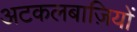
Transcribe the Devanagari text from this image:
अटकलबाज़ियों